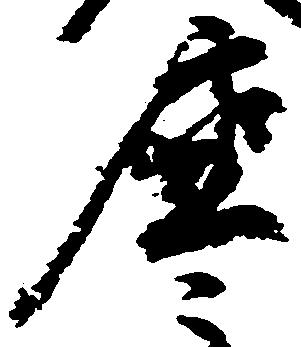
座